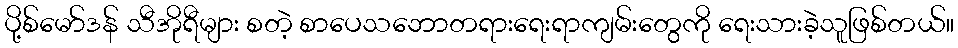
ပို့စ်မော်ဒန် သီအိုရီများ စတဲ့ စာပေသဘောတရားရေးရာကျမ်းတွေကို ရေးသားခဲ့သူဖြစ်တယ်။